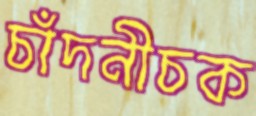
চাঁদনীচক